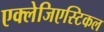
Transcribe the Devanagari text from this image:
एक्लेजिएस्टिकल